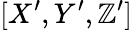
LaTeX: [X^{\prime},Y^{\prime},\mathbb{Z}^{\prime}]